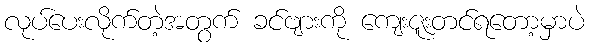
လုပ်ပေးလိုက်တဲ့အတွက် ခင်ဗျားကို ကျေးဇူးတင်ရတော့မှာပဲ